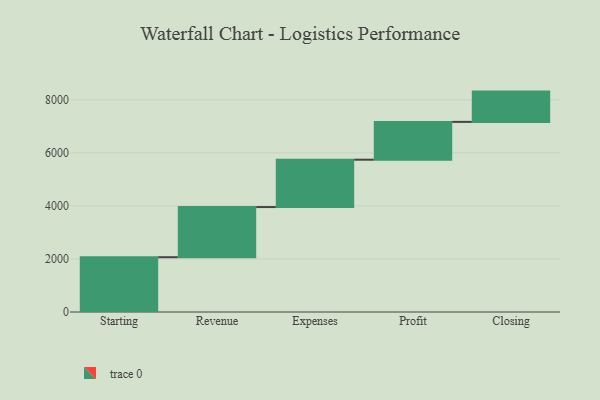
{"axis": {"x": "Step", "y": "Value"}, "legend": [""], "data": [{"x": "Starting", "y": 2066.0, "type": ""}, {"x": "Revenue", "y": 1891.0, "type": ""}, {"x": "Expenses", "y": 1785.0, "type": ""}, {"x": "Profit", "y": 1426.0, "type": ""}, {"x": "Closing", "y": 1142.0, "type": ""}]}